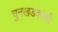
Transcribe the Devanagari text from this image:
चुनखडकांशी